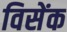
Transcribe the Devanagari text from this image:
विसेंक